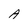
Character: A